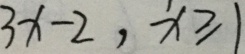
3 x - 2 , x \geqslant 1